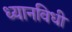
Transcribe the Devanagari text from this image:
ध्यानविधी